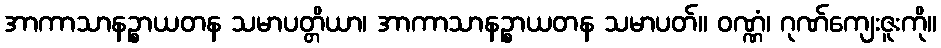
အာကာသာနဉ္စာယတန သမာပတ္တိယာ၊ အာကာသာနဉ္စာယတန သမာပတ်။ ဝဏ္ဏံ၊ ဂုဏ်ကျေးဇူးကို။